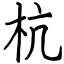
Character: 杭